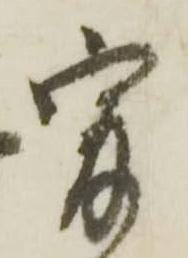
爰